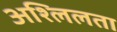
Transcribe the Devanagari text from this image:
अश्लिलता